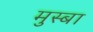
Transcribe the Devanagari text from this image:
मुस्बा